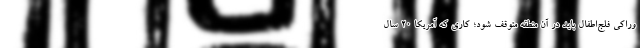
وراکیِ فلج‌اطفال باید در آن منطقه متوقف شود؛ کاری که آمریکا ۲۰ سال